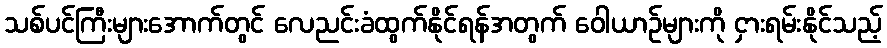
သစ်ပင်ကြီးများအောက်တွင် လေညင်းခံထွက်နိုင်ရန်အတွက် ဝေါယာဉ်များကို ငှားရမ်းနိုင်သည့်